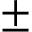
\pm